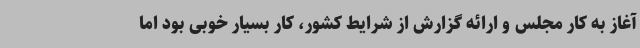
آغاز به کار مجلس و ارائه گزارش از شرایط کشور، کار بسیار خوبی بود اما